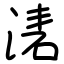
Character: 湱